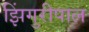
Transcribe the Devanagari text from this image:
झिंगुरीपाल